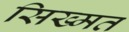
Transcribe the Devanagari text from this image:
सिख्मत